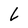
Character: L